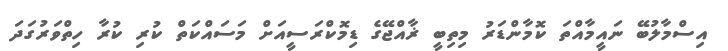
އިސްމާލުބޭ ނައީމާއްތަ ކޮމާންޑަރު މިތިބީ ޜާއްޖޭގެ ޑިމޮކްރަސީއަށް މަސައްކަތް ކުރި ކުރާ ހިތްވަރުގަދަ